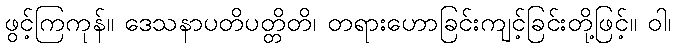
ဖွင့်ကြကုန်။ ဒေသနာပတိပတ္တိတိ၊ တရားဟောခြင်းကျင့်ခြင်းတို့ဖြင့်။ ဝါ၊